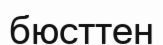
бюсттен